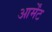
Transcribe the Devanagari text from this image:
आर्मेंट